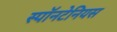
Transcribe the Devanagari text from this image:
स्पॉनटेनियस